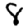
Digit: 8